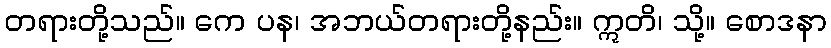
တရားတို့သည်။ ကေ ပန၊ အဘယ်တရားတို့နည်း။ ဣတိ၊ သို့။ စောဒနာ